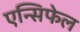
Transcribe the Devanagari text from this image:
एन्सिफेल